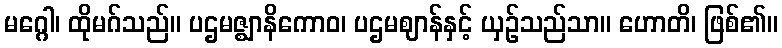
မဂ္ဂေါ၊ ထိုမဂ်သည်။ ပဌမဇ္ဈာနိကောဝ၊ ပဌမဈာန်နှင့် ယှဉ်သည်သာ။ ဟောတိ၊ ဖြစ်၏။